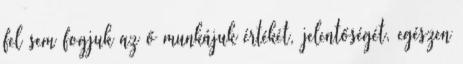
fel sem fogjuk az ő munkájuk értékét, jelentőségét, egészen